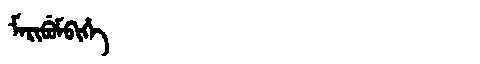
Manchu: ᠮᠠᡵᡳᠪᡠᠮᠪᡳᡥᡝ
Romanization: MARIBUMBIHE